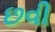
છવી